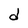
Character: d